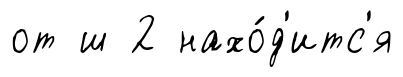
от ш 2 нахо́д'итс'я